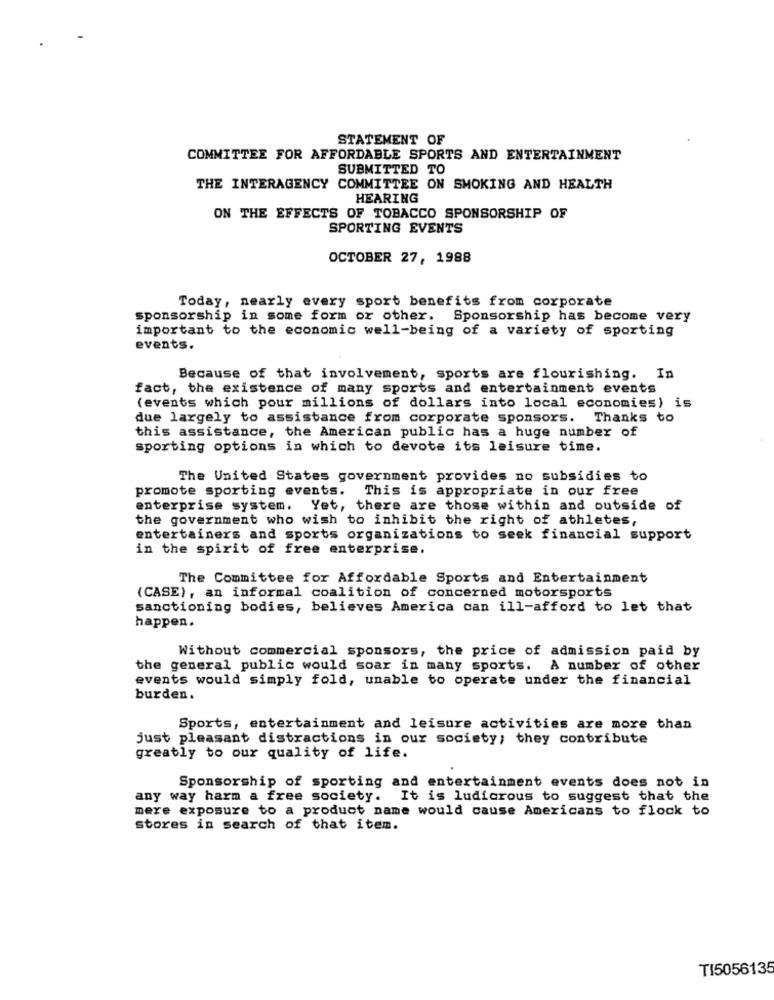
STATEMENT OF
COMMITTEE FOR AFFORDABLE SPORTS AND ENTERTAINMENT
SUBMITTED TO
THE INTERAGENCY COMMITTEE ON SMOKING AND HEALTH
HEARING
ON THE EFFECTS OF TOBACCO SPONSORSHIP OF
SPORTING EVENTS
OCTOBER 27, 1988
Today, nearly every sport benefits from corporate
sponsorship in some form or other. Sponsorship has become very
important to the economic well-being of a variety of sporting
events.
Because of that involvement, sports are flourishing. In
fact, the existence of many sports and entertainment events
(events which pour millions of dollars into local economies) is
due largely to assistance from corporate sponsors. Thanks to
this assistance, the American public has a huge number of
sporting options in which to devote its leisure time.
The United States government provides no subsidies to
promote sporting events.
This is appropriate in our free
enterprise system.
Yet, there are those within and outside of
the government who wish to inhibit the right of athletes,
entertainers and sports organizations to seek financial support
in the spirit of free enterprise.
The Committee for Affordable Sports and Entertainment
(CASE), an informal coalition of concerned motorsports
sanctioning bodies, believes America can ill-afford to let that
happen.
Without commercial sponsors, the price of admission paid by
the general public would soar in many sports.
A number of other
events would simply fold, unable to operate under the financial
burden.
Sports, entertainment and leisure activities are more than
just pleasant distractions in our society; they contribute
greatly to our quality of life.
Sponsorship of sporting and entertainment events does not in
any way harm a free society. It is ludicrous to suggest that the
mere exposure to a product name would cause Americans to flock to
stores in search of that item.
TI5056135